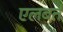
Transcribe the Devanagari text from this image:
एलबर्त